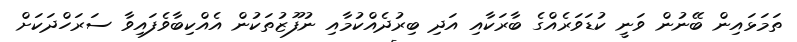
ތަމަޅައިން ބޭނުން ވަނީ ކުޑަވަރެއްގެ ބާރަކާއި އަދި ބިރުދެއްކުމާއި ނުފޫޒުތަކުން އެއްކިބާވެފައިވާ ސަރަހްދަކަށް